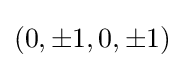
(0,\pm 1,0,\pm 1)